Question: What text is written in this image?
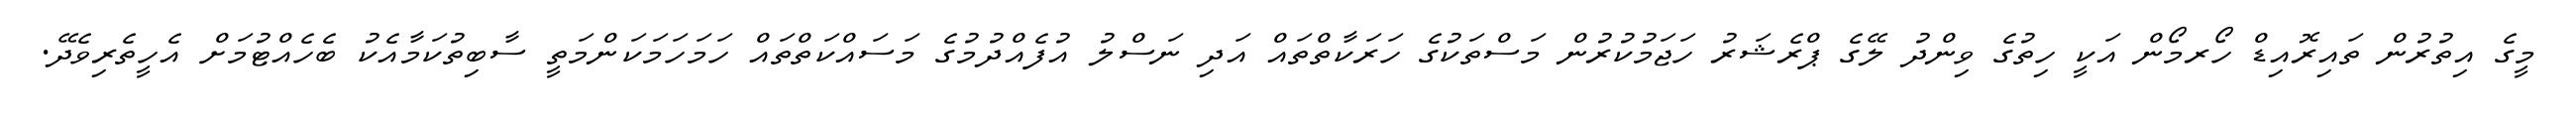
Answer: މީގެ އިތުރުން ތައިރޮއިޑް ހޯރމޯން އަކީ ހިތުގެ ވިންދު ލޭގެ ޕްރެޝަރު ހަޖަމުކުރުން މަސްތަކުގެ ހަރަކާތްތައް އަދި ނަސްލު އުފެއްދުމުގެ މަސައްކަތްތައް ހަމަހަމަކަންމަތީ ސާބިތުކަމާއެކު ބެހެއްޓުމަށް އެހީތެރިވެދޭ.